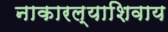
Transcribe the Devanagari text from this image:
नाकारल्याशिवाय